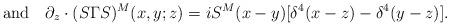
LaTeX: \begin{align*}{\rm and}\quad \partial_z\cdot(S\Gamma S)^M(x,y;z) = iS^M(x-y)[\delta^4(x-z)-\delta^4(y-z)].\end{align*}